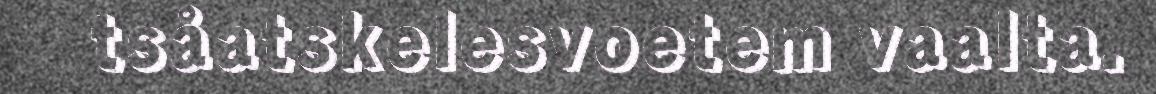
tsåatskelesvoetem vaalta.